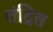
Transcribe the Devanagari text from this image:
तंद्रित